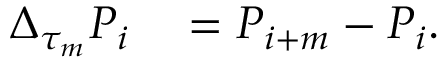
\begin{array} { r l } { \Delta _ { \tau _ { m } } P _ { i } } & { { } = P _ { i + m } - P _ { i } . } \end{array}